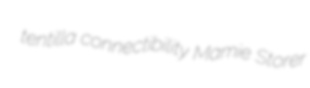
tentilla connectibility Mamie Storer